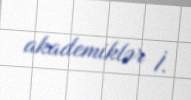
akademiklər İ.